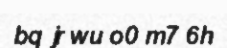
bq jr wu o0 m7 6h